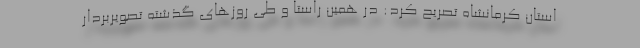
استان کرمانشاه تصریح کرد: در همین راستا و طی روزهای گذشته تصویربردار